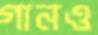
গানও